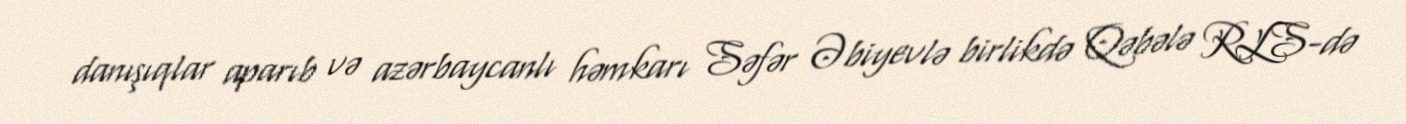
danışıqlar aparıb və azərbaycanlı həmkarı Səfər Əbiyevlə birlikdə Qəbələ RLS-də